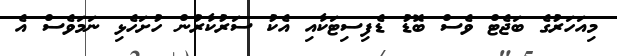
މިއަހަރުގެ ބަޖެޓް ވެސް ބޮޑު ޑެފިސިޓަކާއި އެކު ސަރުކާރުން ހުށަހެޅި ނަމަވެސް އެ